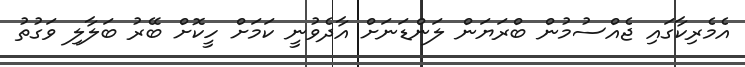
އެމެރިކާގައި ޖެއްސުމުން ބްރަޔަން ލަންޑަނަށް އާދެވުނީ ކަމަށް ހީކޮށް ބޭރު ބަލާލި ވަގުތު